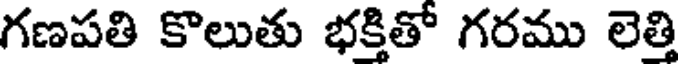
గణపతి కొలుతు భక్తితో గరము లెత్తి